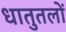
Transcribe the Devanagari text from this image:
धातुतलों